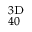
^ { 3 \mathrm { D } } _ { 4 0 }